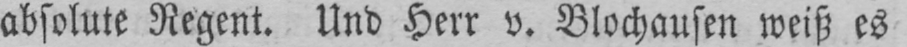
absolute Regent. Und Herr v. Blochausen weiß es